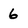
Character: 6